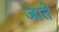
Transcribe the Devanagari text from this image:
जातेे